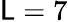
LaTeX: \mathsf{L}=7